Insane asylums in Bengal annual reports 1867-1875 - 1867-1875
Year: 1867
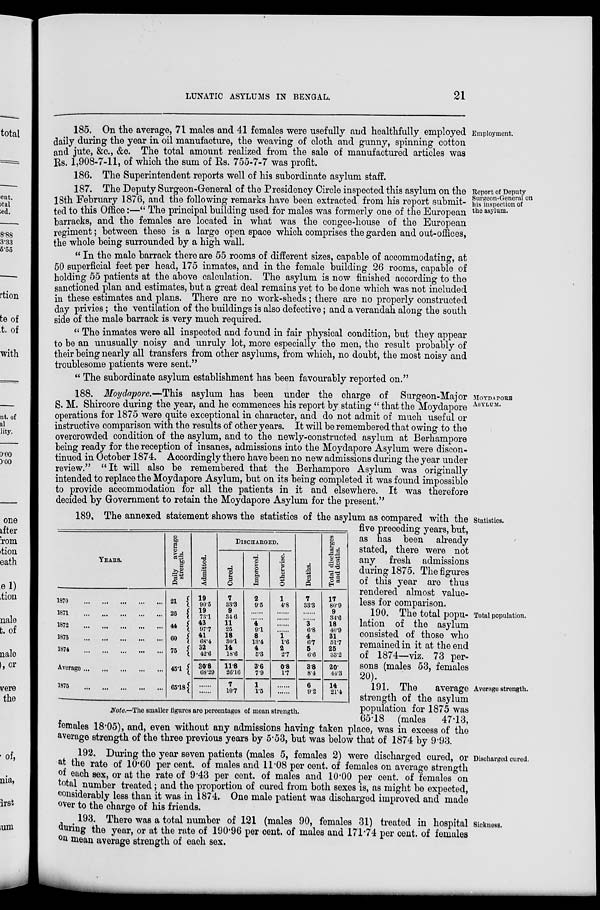
LUNATIC ASYLUMS IN BENGAL.
21
Employment.
185. On the average, 71 males and 41 females were usefully and healthfully employed
daily during the year in oil manufacture, the weaving of cloth and gunny, spinning cotton
and jute, &c., &c. The total amount realized from the sale of manufactured articles was
Rs. 1,908-7-11, of which the sum of Rs. 755-7-7 was profit.
186. The Superintendent reports well of his subordinate asylum staff.
Report of Deputy
Surgeon-General on
his inspection of
the asylum.
187. The Deputy Surgeon-General of the Presidency Circle inspected this asylum on the
18th February 1876, and the following remarks have been extracted from his report submit-
ted to this Office:—"The principal building used for males was formerly one of the European
barracks, and the females are located in what was the congee-house of the European
regiment; between these is a large open space which comprises the garden and out-offices,
the whole being surrounded by a high wall.
"In the male barrack there are 55 rooms of different sizes, capable of accommodating, at
50 superficial feet per head, 175 inmates, and in the female building 26 rooms, capable of
holding 55 patients at the above calculation. The asylum is now finished according to the
sanctioned plan and estimates, but a great deal remains yet to be done which was not included
in these estimates and plans. There are no work-sheds; there are no properly constructed
day privies; the ventilation of the buildings is also defective; and a verandah along the south
side of the male barrack is very much required.
"The inmates were all inspected and found in fair physical condition, but they appear
to be an unusually noisy and unruly lot, more especially the men, the result probably of
their being nearly all transfers from other asylums, from which, no doubt, the most noisy and
troublesome patients were sent."
"The subordinate asylum establishment has been favourably reported on."
MOYDAPORE
ASYLUM.
188. Moydapore.—This asylum has been under the charge of Surgeon-Major
S. M. Shircore during the year, and he commences his report by stating " that the Moydapore
operations for 1875 were quite exceptional in character, and do not admit of much useful or
instructive comparison with the results of other years. It will be remembered that owing to the
overcrowded condition of the asylum, and to the newly-constructed asylum at Berhampore
being ready for the reception of insanes, admissions into the Moydapore Asylum were discon-
tinued in October 1874. Accordingly there have been no new admissions during the year under
review." "It will also be remembered that the Berhampore Asylum was originally
intended to replace the Moydapore Asylum, but on its being completed it was found impossible
to provide accommodation for all the patients in it and elsewhere. It was therefore
decided by Government to retain the Moydapore Asylum for the present."
YEARS.
1870 ... ... ... ... ...
1871 ... ... ... ... ...
1872 ... ... ... ... ...
1873 ... ... ... ... ...
1874 ... ... ... ... ...
Average ... ... ... ... ...
1875 ... ... ... ... ...
Daily average
strength.
21
26
44
60
75
45.1
65.18
Admitted.
19
90.5
19
73.1
43
97.7
41
68.4
32
42.6
30.8
68.29
......
......
DISCHARGED.
Cured.
7
33.3
9
84.6
11
25
18
30.1
14
18.6
11.8
26.16
7
10.7
Improved.
2
9.5
......
......
4
9.1
8
13.4
4
5.3
3.6
7.9
1
1.5
Otherwise.
1
4.8
......
......
......
......
1
1.6
2
2.7
0.8
1.7
......
......
Deaths.
7
33.3
......
......
3
6.8
4
6.7
5
6.6
3.8
8.4
6
9.2
Total discharges
and deaths.
17
80.9
9
34.6
18
40.9
31
51.7
25
33.2
20.
44.3
14
21.4
Note.—The smaller figures are percentages of mean strength.
Statistics.
189. The annexed statement shows the statistics of the asylum as compared with the
five preceding years, but,
as has been already
stated, there were not
any fresh admissions
during 1875. The figures
of this year are thus
rendered almost value-
less for comparison.
Total population.
190. The total popu-
lation of the asylum
consisted of those who
remained in it at the end
of 1874—viz. 73 per-
sons (males 53, females
20).
Average strength.
191. The
average
strength of the asylum
population for 1875 was
65.18 (males
47.13,
females 18.05), and, even without any admissions having taken place, was in excess of the
average strength of the three previous years by 5.53, but was below that of 1874 by 9.93.
Discharged cured.
192. During the year seven patients (males 5, females 2) were discharged cured, or
at the rate of 10.60 per cent. of males and 11.08 per cent. of females on average strength
of each sex, or at the rate of 9.43 per cent. of males and 10.00 per cent. of females on
total number treated; and the proportion of cured from both sexes is, as might be expected,
considerably less than it was in 1874. One male patient was discharged improved and made
over to the charge of his friends.
Sickness.
193. There was a total number of 121 (males 90, females 31) treated in hospital
during the year, or at the rate of 190.96 per cent. of males and 171.74 per cent. of females
on mean average strength of each sex.